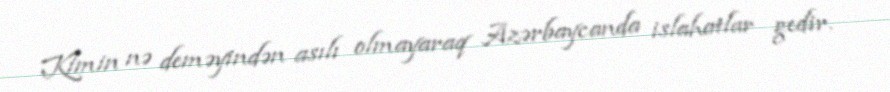
Kimin nə deməyindən asılı olmayaraq Azərbaycanda islahatlar gedir.